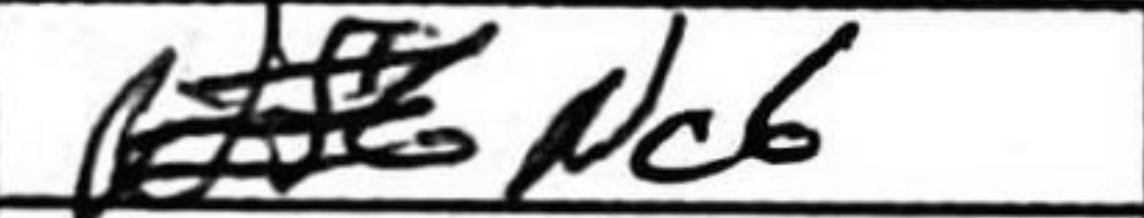
Transcription: Nc6